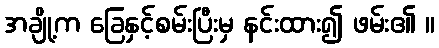
အချို့က ခြေနှင့်စမ်းပြီးမှ နင်းထား၍ ဖမ်း၏ ။